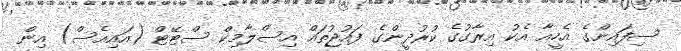
ސިފައިންގެ އެހީއާ އެކު އިރާގުގެ ކުރުދީންގެ ފައުޖުތައް އިސްލާމިކް ސްޓޭޓް (އައިއެސް) އިން